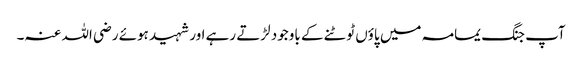
آپ جنگ یمامہ میں پاؤں ٹوٹنے کے باوجود لڑتے رہے اور شہید ہوئے رضی اللہ عنہ۔